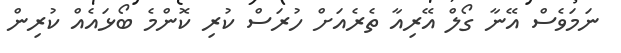
ނަމަވެސް އޭނާ ގޯލް އޭރިއާ ތެރެއަށް ހުރަސް ކުރި ކޮންމެ ބޯޅައެއް ކުރިން